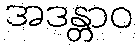
အဒန္တာဝ